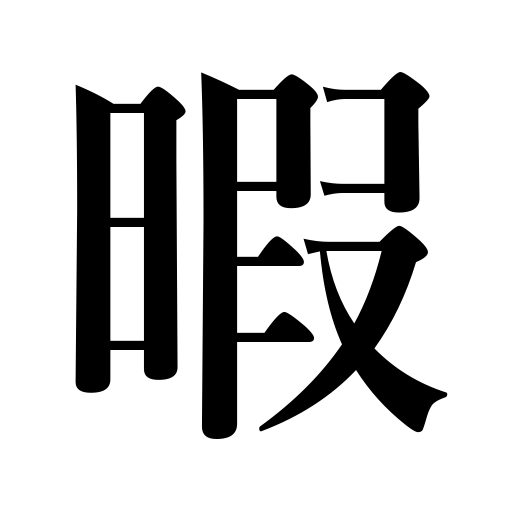
Meanings: poor business,leave of absence,time,rest,leisure,dismissal,divorce